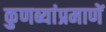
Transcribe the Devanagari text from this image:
कुणब्यांप्रमाणें